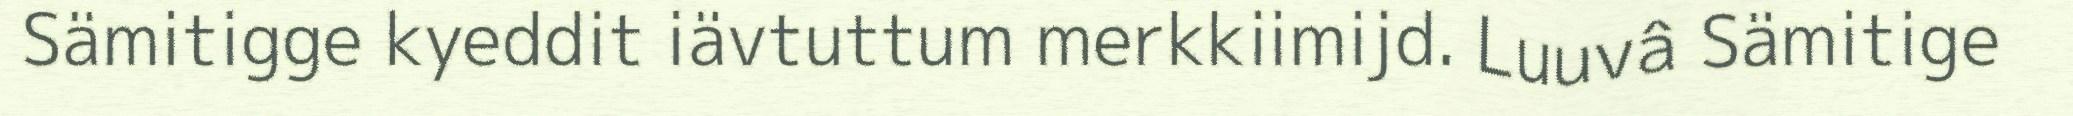
Sämitigge kyeddit iävtuttum merkkiimijd. Luuvâ Sämitige